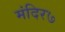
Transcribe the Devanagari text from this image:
मंदिर७